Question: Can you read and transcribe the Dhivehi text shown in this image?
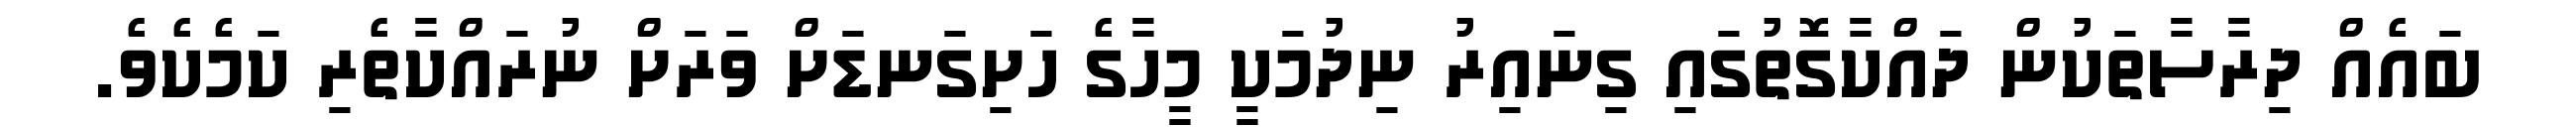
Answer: ބައެއް ދިރާސާތަކުން ދައްކާގޮތުގައި ގިނައިރު ނިދުމަކީ މީހާގެ ހަށިގަނޑަށް ވަރަށް ނުރައްކާތެރި ކަމެކެވެ.